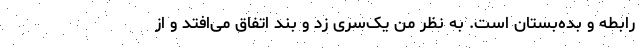
رابطه و بده‌بستان است. به نظر من یک‌سری زد و بند اتفاق می‌افتد و از